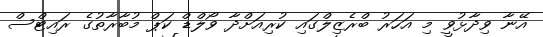
އޭނާ ވިދާޅުވީ މި އަހަރު ބްރެޒިލްގައި ކުރިއަށްދާ ވޯލްޑް ކަޕް މުބާރާތުގެ ރައިޓްސް